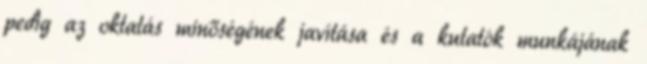
pedig az oktatás minőségének javítása és a kutatók munkájának